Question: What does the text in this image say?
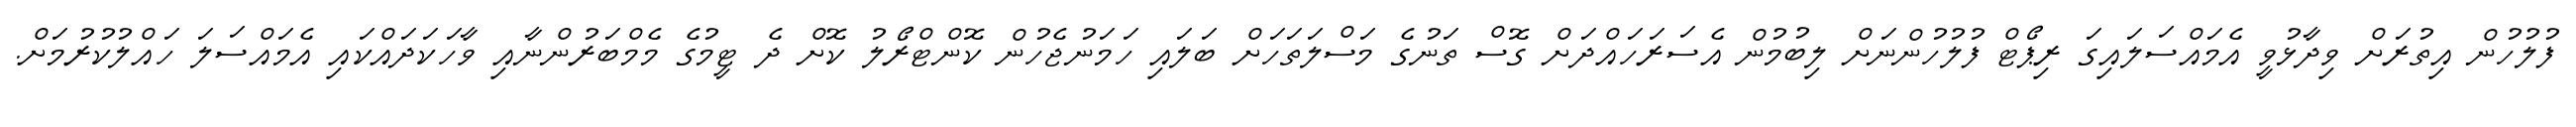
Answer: ފުލުހުން އިތުރަށް ވިދާޅުވީ އެމައްސަލައިގަ ރިޕޯޓް ފުލުހުންނަށް ލިބުމުން އެސަރަހައްދަށް ގޮސް ތަނުގެ މަސްލަތަހަށް ބަލައި ހަމަނުޖެހުން ކޮންޓްރޯލު ކޮށް ދެ ޓީމުގެ މެމްބަރުންނާއި ވާހަކަދައްކައި އެމައްސަލަ ހައްލުކުރުމަށް.